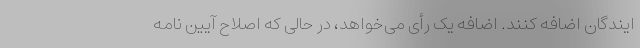
ایندگان اضافه کنند. اضافه یک رأی می‌خواهد، در حالی که اصلاح آیین نامه